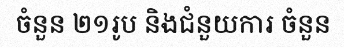
ចំនួន ២១រូប និងជំនួយការ ចំនួន